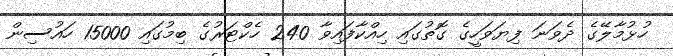
ހުޅުމާލޭގެ ދެވަނަ ފިޔަވަހީގެ ގޮތުގައި ހިއްކާފައިވާ 240 ހެކްޓަރުގެ ބިމުގައި 15000 ހައުސިން